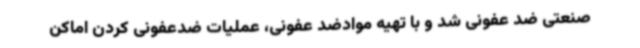
صنعتی ضد عفونی شد و با تهیه موادضد عفونی، عملیات ضدعفونی کردن اماکن